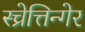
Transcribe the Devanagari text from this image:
स्च्रेत्तिन्गेर